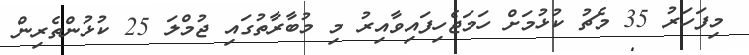
މިފަހަރު 35 މެޗު ކުޅުމަށް ހަމަޖެހިފައިވާއިރު މި މުބާރާތުގައި ޖުމްލަ 25 ކުޅުންތެރިން